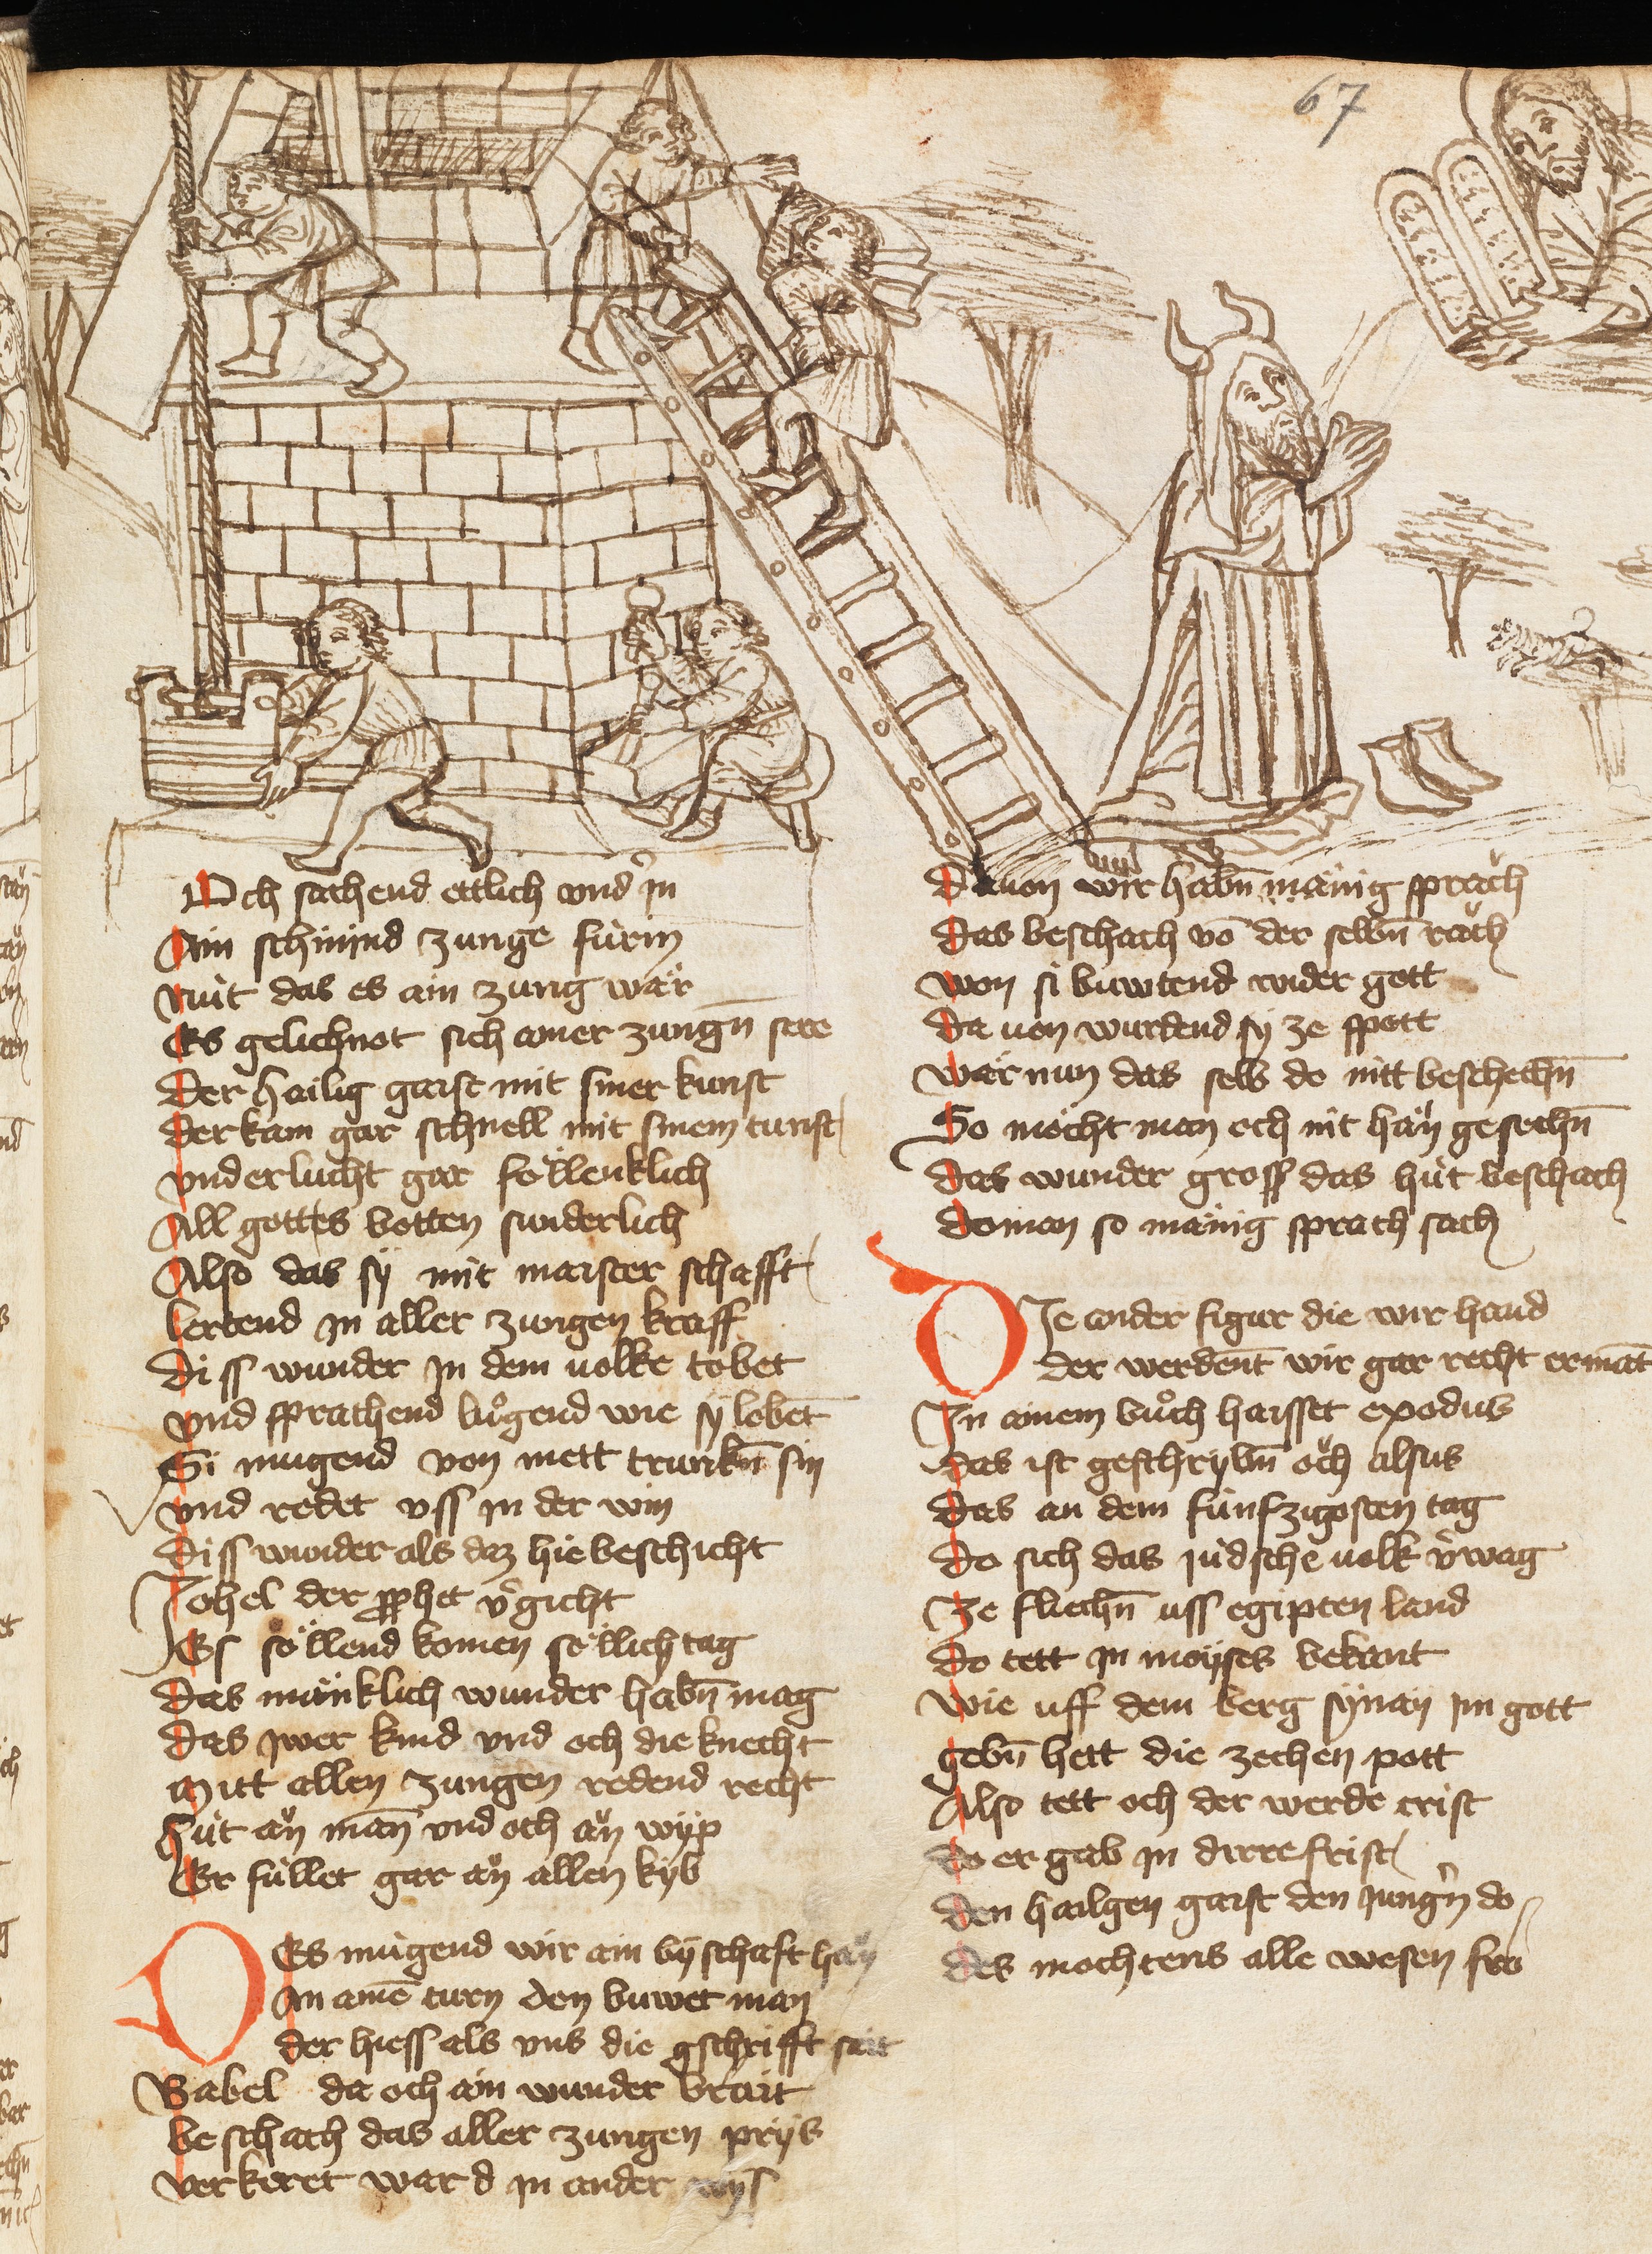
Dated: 1385–1415